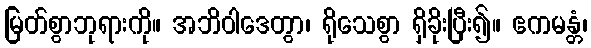
မြတ်စွာဘုရားကို။ အဘိဝါဒေတွာ၊ ရိုသေစွာ ရှိခိုးပြီး၍။ ဧကမန္တံ၊